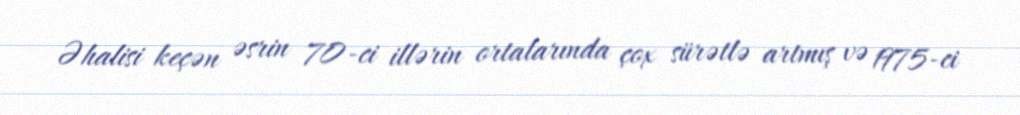
Əhalisi keçən əsrin 70-ci illərin ortalarında çox sürətlə artmış və 1975-ci